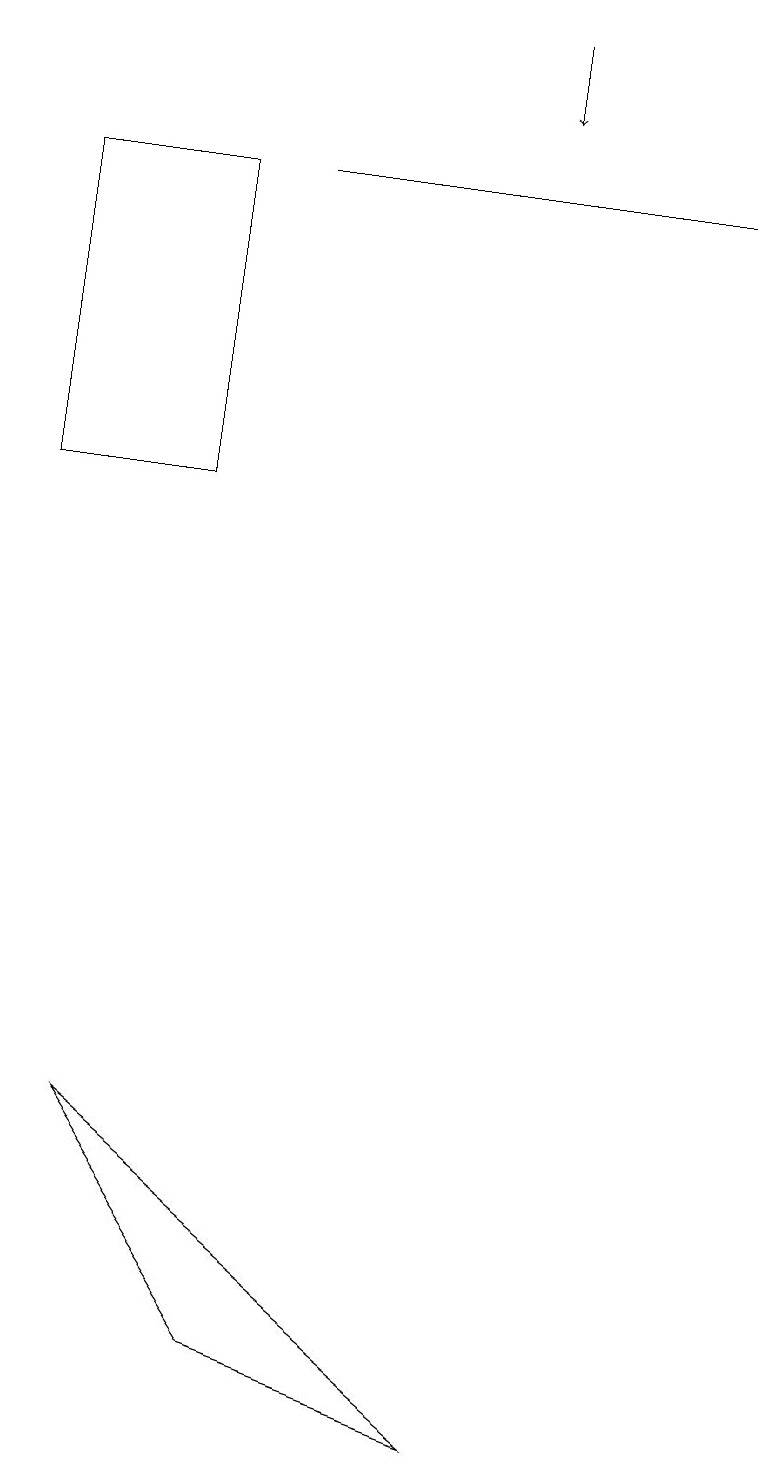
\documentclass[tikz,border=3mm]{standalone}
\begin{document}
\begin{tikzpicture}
\draw (1,5) -- (3,2) -- (6,1) -- cycle;
\draw[->] (6,19) -- (6,18);
\draw (2,17) rectangle (0,13);
\draw[->] (3,17) -- (9,17);
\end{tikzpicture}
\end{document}